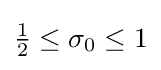
{\tfrac {1}{2}}\leq \sigma _{0}\leq 1